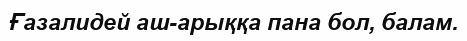
Ғазалидей аш-арыққа пана бол, балам.